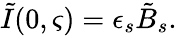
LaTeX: \tilde{I}(0,\varsigma)=\epsilon_{s}\tilde{B}_{s}.